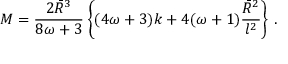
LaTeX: M = { \frac { 2 \bar { \cal R } ^ { 3 } } { 8 \omega + 3 } } \left\{ ( 4 \omega + 3 ) k + 4 ( \omega + 1 ) { \frac { \bar { \cal R } ^ { 2 } } { l ^ { 2 } } } \right\} \, .